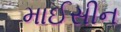
માઈસીન